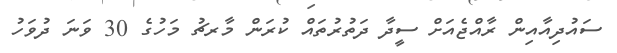
ސައުދިއާއިން ރާއްޖެއަށް ސީދާ ދަތުރުތައް ކުރަން މާރޗު މަހުގެ 30 ވަނަ ދުވަހު